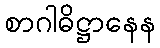
စာဂါဓိဋ္ဌာနေန